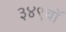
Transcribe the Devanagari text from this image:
३४९वॉ